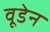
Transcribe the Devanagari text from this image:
वूडेन